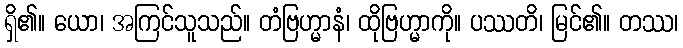
ရှိ၏။ ယော၊ အကြင်သူသည်။ တံဗြဟ္မာနံ၊ ထိုဗြဟ္မာကို။ ပဿတိ၊ မြင်၏။ တဿ၊